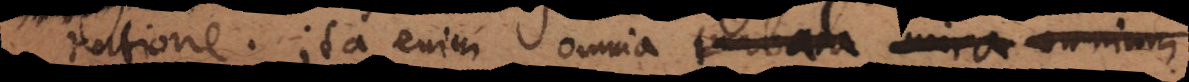
ratione. Ita enim omnia turbata mira omnium